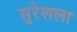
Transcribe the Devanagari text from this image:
सुरेशला